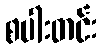
စပါးတင်း